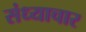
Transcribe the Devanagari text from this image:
संध्याचार